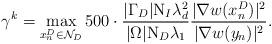
LaTeX: \begin{align*} \gamma^k = \max_{x_n^D \in \mathcal{N}_D} 500 \cdot \frac{|\Gamma_D|\mathrm{N}_I \lambda_d^2}{|\Omega|\mathrm{N}_D\lambda_1}\frac{|\nabla w(x_n^D)|^2 }{|\nabla w(y_n)|^2 }.\end{align*}